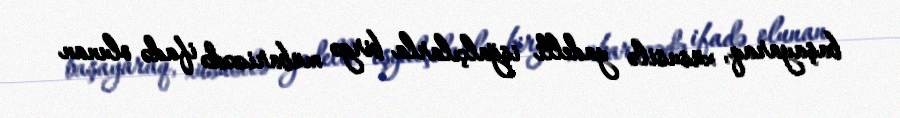
başayaraq, xüsusilə yadelli işğalçılarla birgə mübarizədə ifadə olunan